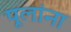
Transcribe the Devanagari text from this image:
पूलांना